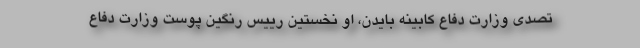
تصدی وزارت دفاع کابینه بایدن، او نخستین رییس رنگین پوست وزارت دفاع